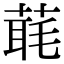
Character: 𦶇